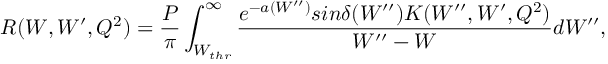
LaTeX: R ( W , W ^ { \prime } , Q ^ { 2 } ) = \frac { P } { \pi } \int _ { W _ { t h r } } ^ { \infty } \frac { e ^ { - a ( W ^ { \prime \prime } ) } s i n \delta ( W ^ { \prime \prime } ) K ( W ^ { \prime \prime } , W ^ { \prime } , Q ^ { 2 } ) } { W ^ { \prime \prime } - W } d W ^ { \prime \prime } ,